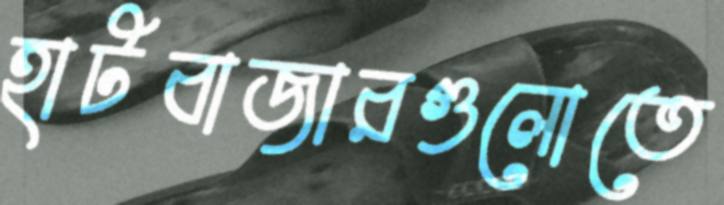
হাটবাজারগুলোতে